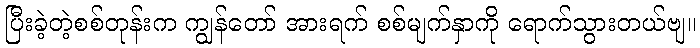
ပြီးခဲ့တဲ့စစ်တုန်းက ကျွန်တော် အားရက် စစ်မျက်နှာကို ရောက်သွားတယ်ဗျ။